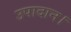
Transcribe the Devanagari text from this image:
उपादान।